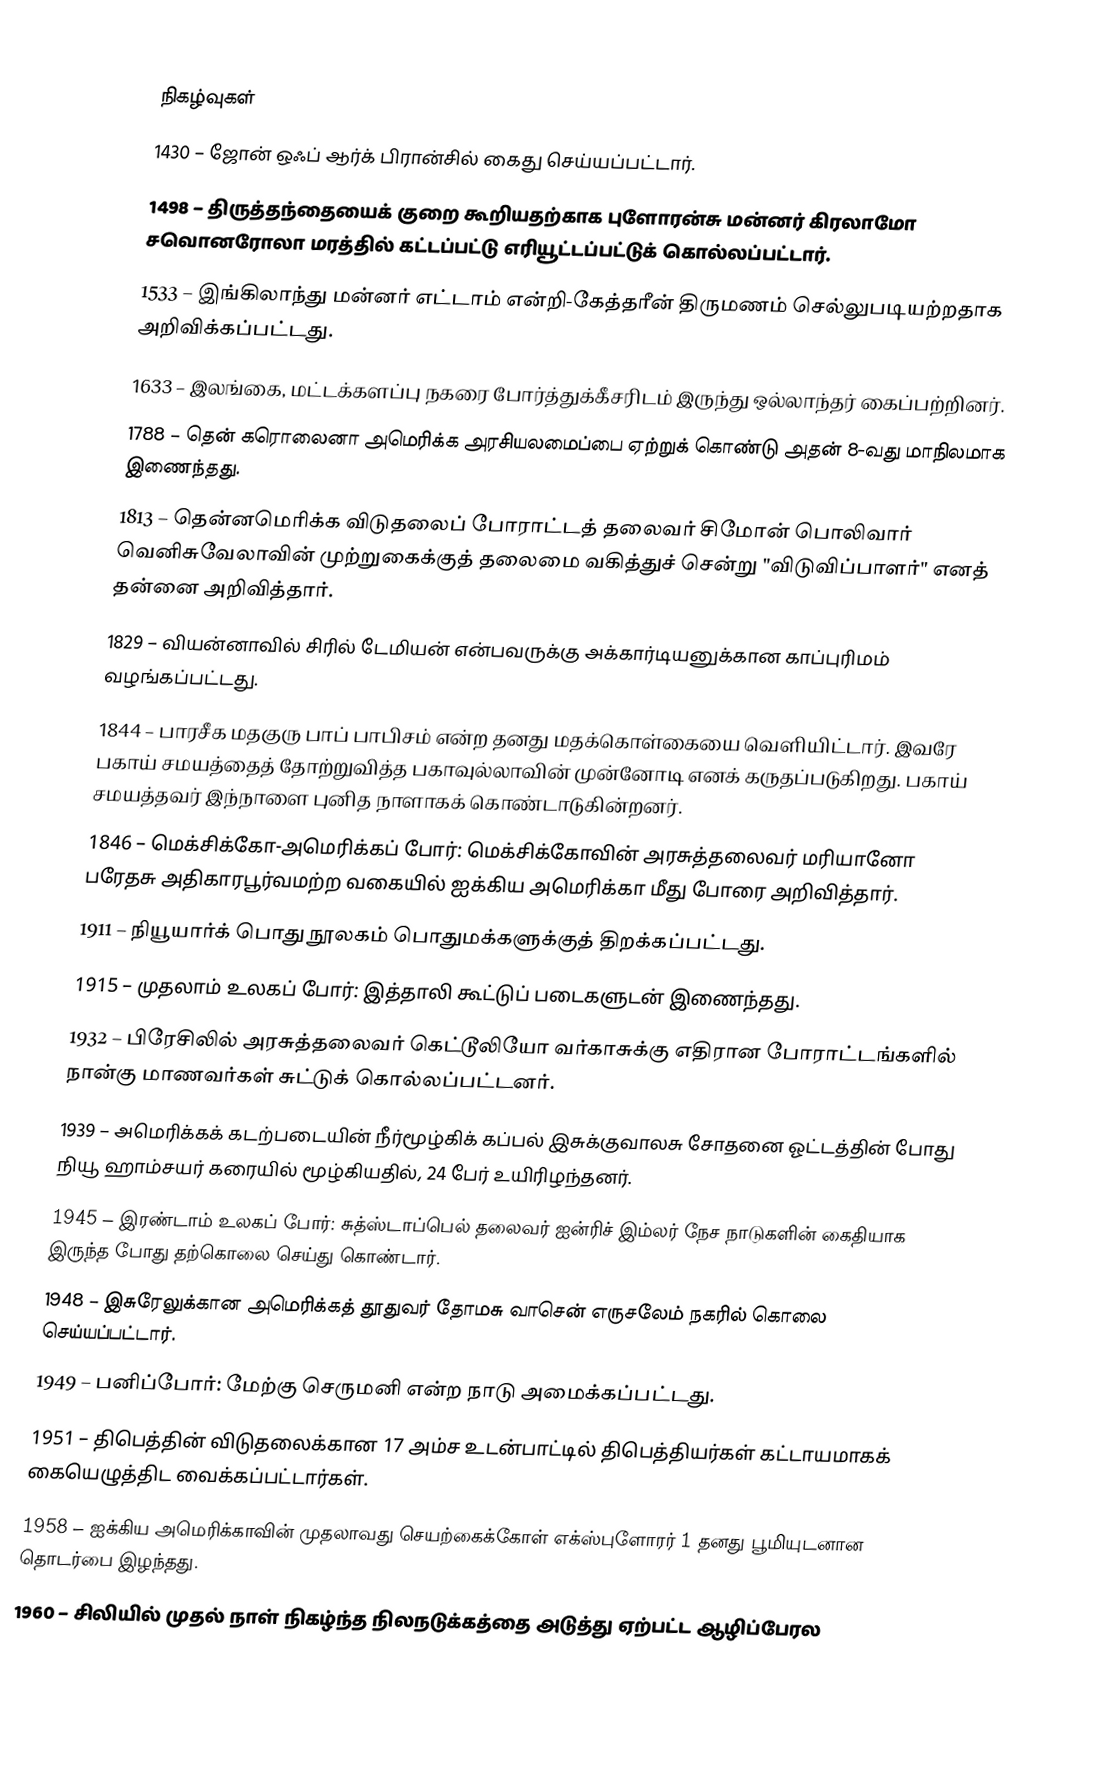

நிகழ்வுகள்
1430 – ஜோன் ஒஃப் ஆர்க் பிரான்சில் கைது செய்யப்பட்டார்.
1498 – திருத்தந்தையைக் குறை கூறியதற்காக புளோரன்சு மன்னர் கிரலாமோ சவொனரோலா மரத்தில் கட்டப்பட்டு எரியூட்டப்பட்டுக் கொல்லப்பட்டார்.
1533 – இங்கிலாந்து மன்னர் எட்டாம் என்றி-கேத்தரீன் திருமணம் செல்லுபடியற்றதாக அறிவிக்கப்பட்டது.
1633 – இலங்கை, மட்டக்களப்பு நகரை போர்த்துக்கீசரிடம் இருந்து ஒல்லாந்தர் கைப்பற்றினர்.
1788 – தென் கரொலைனா அமெரிக்க அரசியலமைப்பை ஏற்றுக் கொண்டு அதன் 8-வது மாநிலமாக இணைந்தது.
1813 – தென்னமெரிக்க விடுதலைப் போராட்டத் தலைவர் சிமோன் பொலிவார் வெனிசுவேலாவின் முற்றுகைக்குத் தலைமை வகித்துச் சென்று "விடுவிப்பாளர்" எனத் தன்னை அறிவித்தார்.
1829 – வியன்னாவில் சிரில் டேமியன் என்பவருக்கு அக்கார்டியனுக்கான காப்புரிமம் வழங்கப்பட்டது.
1844 – பாரசீக மதகுரு பாப் பாபிசம் என்ற தனது மதக்கொள்கையை வெளியிட்டார். இவரே பகாய் சமயத்தைத் தோற்றுவித்த பகாவுல்லாவின் முன்னோடி எனக் கருதப்படுகிறது. பகாய் சமயத்தவர் இந்நாளை புனித நாளாகக் கொண்டாடுகின்றனர்.
1846 – மெக்சிக்கோ-அமெரிக்கப் போர்: மெக்சிக்கோவின் அரசுத்தலைவர் மரியானோ பரேதசு அதிகாரபூர்வமற்ற வகையில் ஐக்கிய அமெரிக்கா மீது போரை அறிவித்தார்.
1911 – நியூயார்க் பொது நூலகம் பொதுமக்களுக்குத் திறக்கப்பட்டது.
1915 – முதலாம் உலகப் போர்: இத்தாலி கூட்டுப் படைகளுடன் இணைந்தது.
1932 – பிரேசிலில் அரசுத்தலைவர் கெட்டூலியோ வர்காசுக்கு எதிரான போராட்டங்களில் நான்கு மாணவர்கள் சுட்டுக் கொல்லப்பட்டனர்.
1939 – அமெரிக்கக் கடற்படையின் நீர்மூழ்கிக் கப்பல் இசுக்குவாலசு சோதனை ஓட்டத்தின் போது நியூ ஹாம்சயர் கரையில் மூழ்கியதில், 24 பேர் உயிரிழந்தனர்.
1945 – இரண்டாம் உலகப் போர்: சுத்ஸ்டாப்பெல் தலைவர் ஐன்ரிச் இம்லர் நேச நாடுகளின் கைதியாக இருந்த போது தற்கொலை செய்து கொண்டார்.
1948 – இசுரேலுக்கான அமெரிக்கத் தூதுவர் தோமசு வாசென் எருசலேம் நகரில் கொலை செய்யப்பட்டார்.
1949 – பனிப்போர்: மேற்கு செருமனி என்ற நாடு அமைக்கப்பட்டது.
1951 – திபெத்தின் விடுதலைக்கான 17 அம்ச உடன்பாட்டில் திபெத்தியர்கள் கட்டாயமாகக் கையெழுத்திட வைக்கப்பட்டார்கள்.
1958 – ஐக்கிய அமெரிக்காவின் முதலாவது செயற்கைக்கோள் எக்ஸ்புளோரர் 1 தனது பூமியுடனான தொடர்பை இழந்தது.
1960 – சிலியில் முதல் நாள் நிகழ்ந்த நிலநடுக்கத்தை அடுத்து ஏற்பட்ட ஆழிப்பேரல